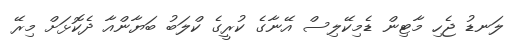
ލަނޑު ޖެހި މާޓިން ޑެމިކޭލިސް އޭނާގެ ކުރީގެ ކްލަބު ބަޔާންއާ ދެކޮޅަށް މިރޭ